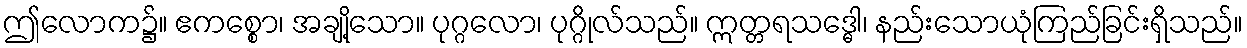
ဤလောက၌။ ဧကစ္စော၊ အချို့သော။ ပုဂ္ဂလော၊ ပုဂ္ဂိုလ်သည်။ ဣတ္တရသဒ္ဓေါ၊ နည်းသောယုံကြည်ခြင်းရှိသည်။